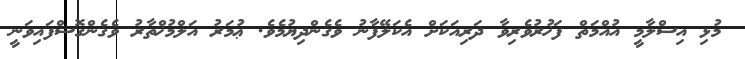
މުޅި އިސްލާމީ އުއްމަތް ފަޚުރުވެރިވާ ދަރިއަކަށް އެކަލޭފާނު ވެގެންދިޔުމެވެ. ޢުމަރު އަލްމުޚްތާރު ވެގެންގޮސްފައިވަނީ